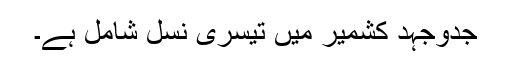
جدوجہد کشمیر میں تیسری نسل شامل ہے۔